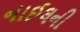
નાઈલની